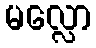
မလ္လော